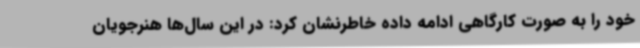
خود را به صورت کارگاهی ادامه داده خاطرنشان کرد: در این سال‌ها هنرجویان